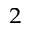
_ 2